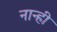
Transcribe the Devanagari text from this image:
नान्ही